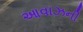
આવાઝની